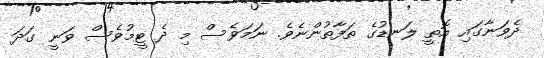
ދެވަނާގައި އޮތީ ލަނޑުގެ ތަފާތުންނެވެ. ނަމަވެސް މި ދެ ޓީމުވެސް ވަނީ ގަދަ